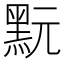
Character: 𪐬